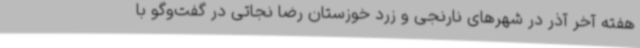
هفته آخر آذر در شهرهای نارنجی و زرد خوزستان رضا نجاتی در گفت‌وگو با